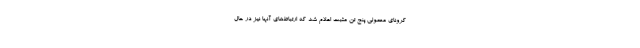
کرونای معمولی پنج تَن مثبت اعلام شد که ارتباط‌های آنها نیز در حال